Annual administration and progress report of the Indian Medical Department, Bombay
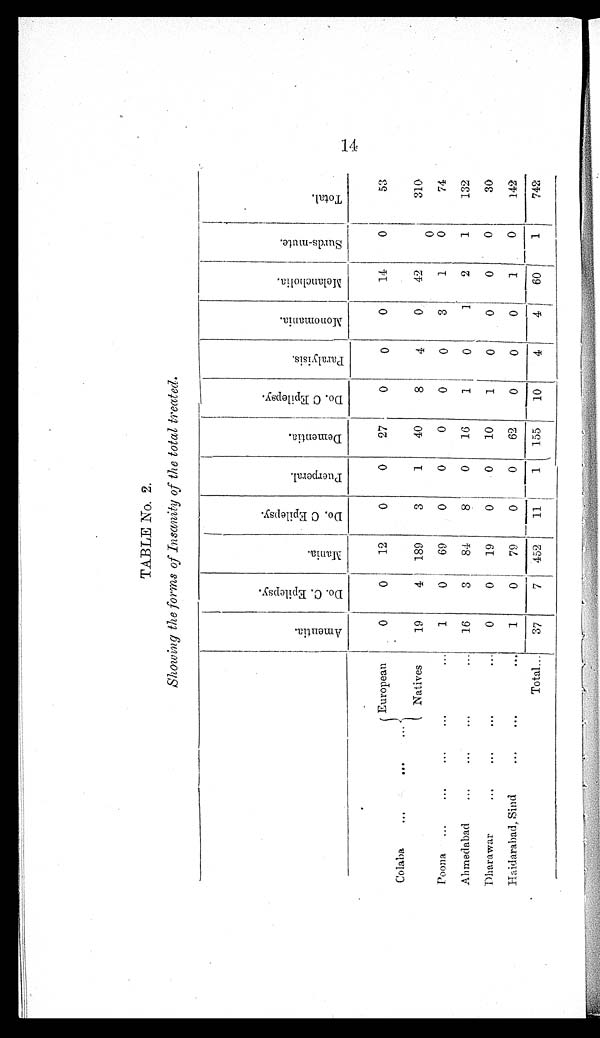
TABLE No. 2.
Showing the forms of Insanity of the total treated.
A m e n t i a .
D o . C . E p i l e p s y .
M a n i a .
D o . C . E p i l e p s y .
P u e r p e r a l .
D e m e n t i a .
D o . C . E p i l e p s y .
P a r a l y i s i s .
M o n o m a n i a . M e l a n c h o l i a . S u r d s - m u t e .
T o t a l .
Colaba
...
...
...
European
0
0
12
0
0
27
0
0
0
14
0
53
Natives
19
4 189
3
1
40
8
4
0
42
0
310
Poona ...
...
...
...
...
1
0
69
0
0
0
0
0
3
1
0
74
Ahmedabad
...
...
...
... 16
3
84
8
0
16
1
0
1
2
1
132
Dharawar
. . .
...
. . . ...
0
0
19
0
0
10
1
0
0
0
0
30
Haidarabad, Sind
. . . . . .
. . .
1
0
79
0
0
62
0
0
0
1
0
142
Total ... 37
7 452
11
1 155
10
4
4
60
1
742